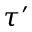
\tau ^ { \prime }